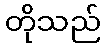
တိုသည်